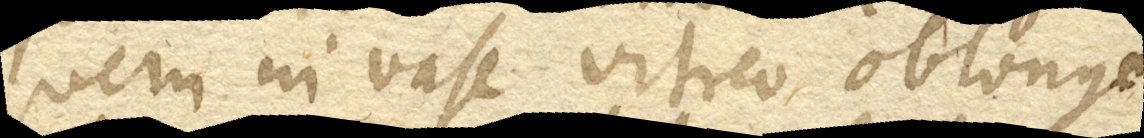
quem in vase vitreo oblongo